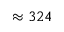
\approx 3 2 4